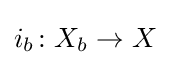
i_{b}\colon X_{b}\to X